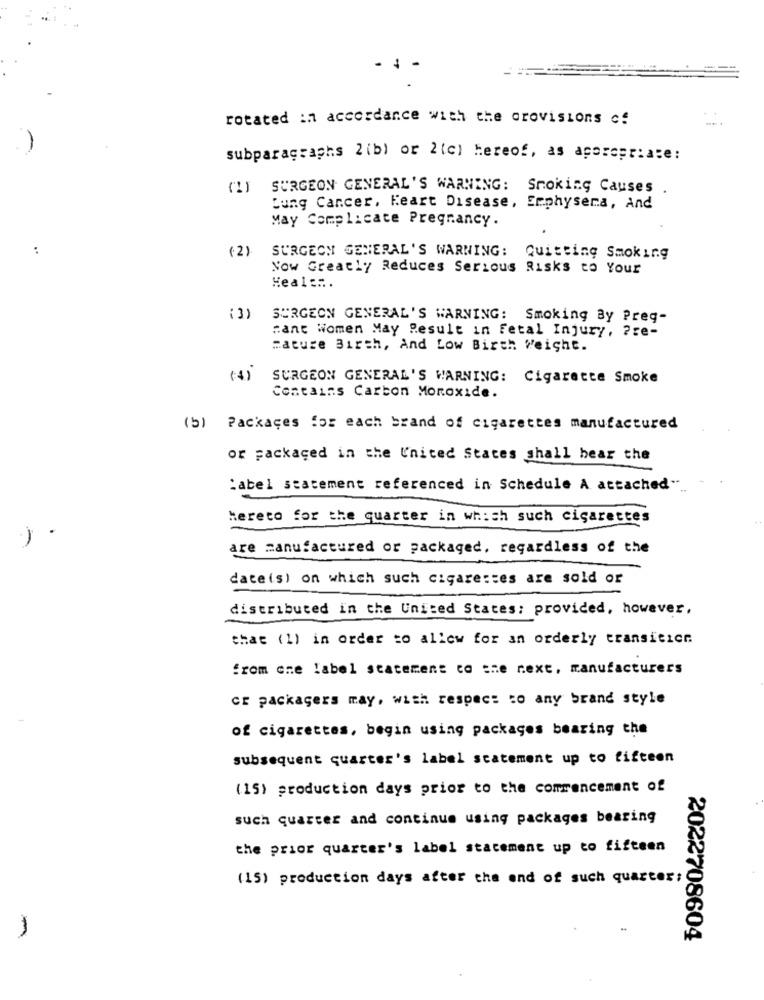
rotated in accordance with the provisions of
subparagraphs 2(b) or 2(c) hereof, as appropriate:
(I) SURGEON GENERAL'S WARNING: Smoking Causes
Lung Cancer, Heart Disease, Erphysera, And
May Complicate Pregnancy.
..
(2)
SURGEON GENERAL'S WARNING: Quitting Smoking
Now Greatly Reduces Serious Risks to Your
Heal ::.
( 3)
SURGEON GENERAL'S WARNING: Smoking By Preg-
cant Women May Result in Fetal Injury, ? re-
mature Birth, And Low Birth Weight.
(+)
SURGEON GENERAL'S WARNING: Cigarette Smoke
Contains Carbon Monoxide.
(b) Packages for each brand of cigarettes manufactured
or packaged in the United States shall bear the
:abel statement referenced in Schedule A attached"-
Hereto for the quarter in which such cigarettes
are manufactured or packaged, regardless of the
dateis) on which such cigarettes are sold or
distributed in the United States: provided, however,
that (1) in order to allow for an orderly transitice
from one label statement to the next, manufacturers
cr packagers may, with respect to any brand style
of cigarettes, begin using packages bearing the
subsequent quarter's label statement up to fifteen
(15) production days prior to the commencement of
such quarter and continue using packages bearing
the prior quarter's label statement up to fifteen
(15) production days after the end of such quarter;
2022708604